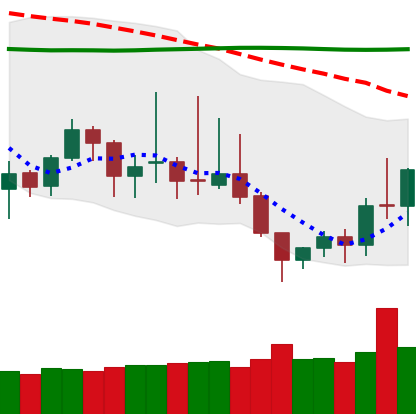
Ticker: DOGE-USD
Chart end date: 2019-09-04
Forward return: -8.513%
Label: down_7plus